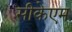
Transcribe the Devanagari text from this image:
सीकेएम